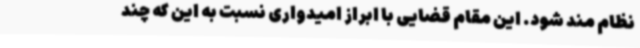
نظام مند شود. این مقام قضایی با ابراز امیدواری نسبت به این که چند